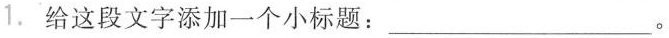
1.给这段文字添加一个小标题:___。